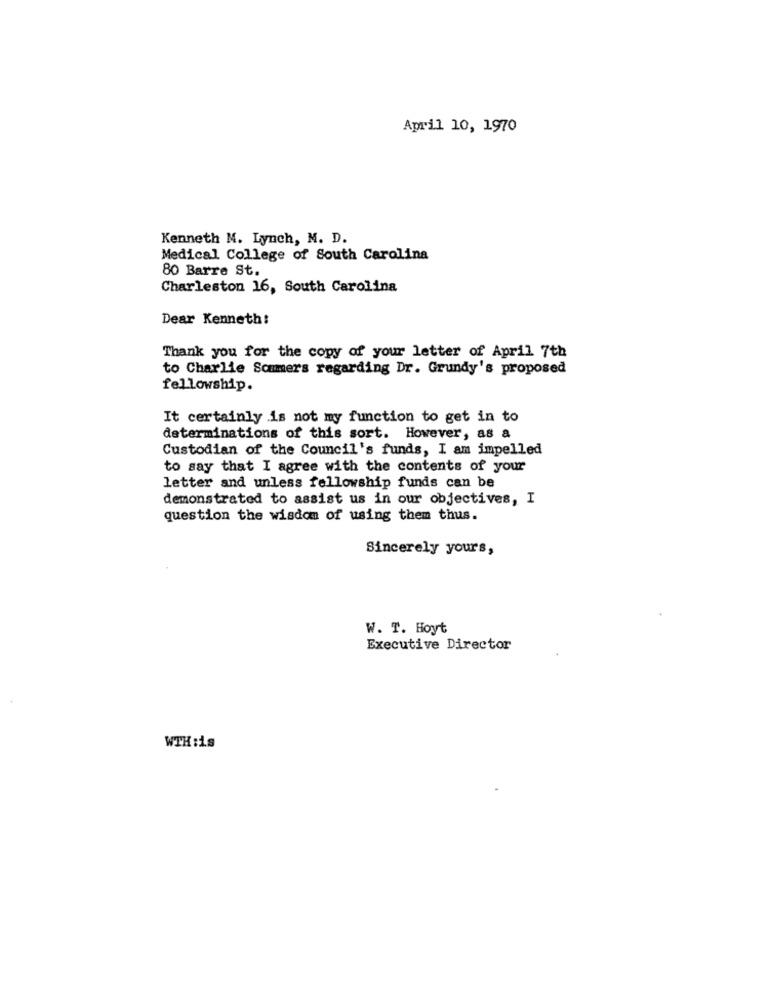
April 10, 1970
Kenneth M. Lynch, M. D.
Medical College of South Carolina
80 Barre St.
Charleston 16, South Carolina
Dear Kenneth:
Thank you for the copy of your letter of April 7th
to Charlie Scammers regarding Dr. Grundy's proposed
fellowship.
It certainly is not my function to get in to
determinations of this sort. However, as a
Custodian of the Council's funds, I am impelled
to say that I agree with the contents of your
letter and unless fellowship funds can be
demonstrated to assist us in our objectives, I
question the wisdom of using them thus.
Sincerely yours,
W. T. Hoyt
Executive Director
WTH :is